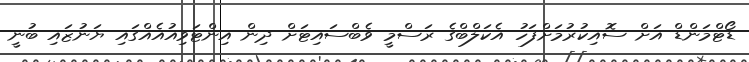
ޑޯޓްމަންޑް އަށް ސޮއިކުރުމަށްފަހު އެކަލްބްގެ ރަސްމީ ވެބްސައިޓަށް ދިން އިންޓަވިއުއެއްގައި ޔަނުޒައި ބުނީ